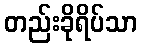
တည်းခိုရိပ်သာ